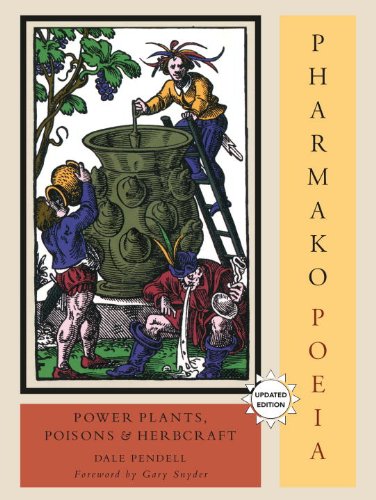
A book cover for Pharmako/Poeia, Revised and Updated: Plant Powers, Poisons, and Herbcraft; Dale Pendell; Health, Fitness & Dieting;